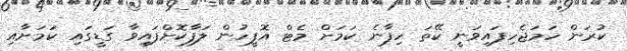
ކުރަން ހަމަޖެހިފައިވަނީ ކޭތަ ހިފާނެ ކަމަށް މެޓް އޮފީހުން ލަފާކޮށްފައިވާ ގަޑީގައި ކަމަށާއި